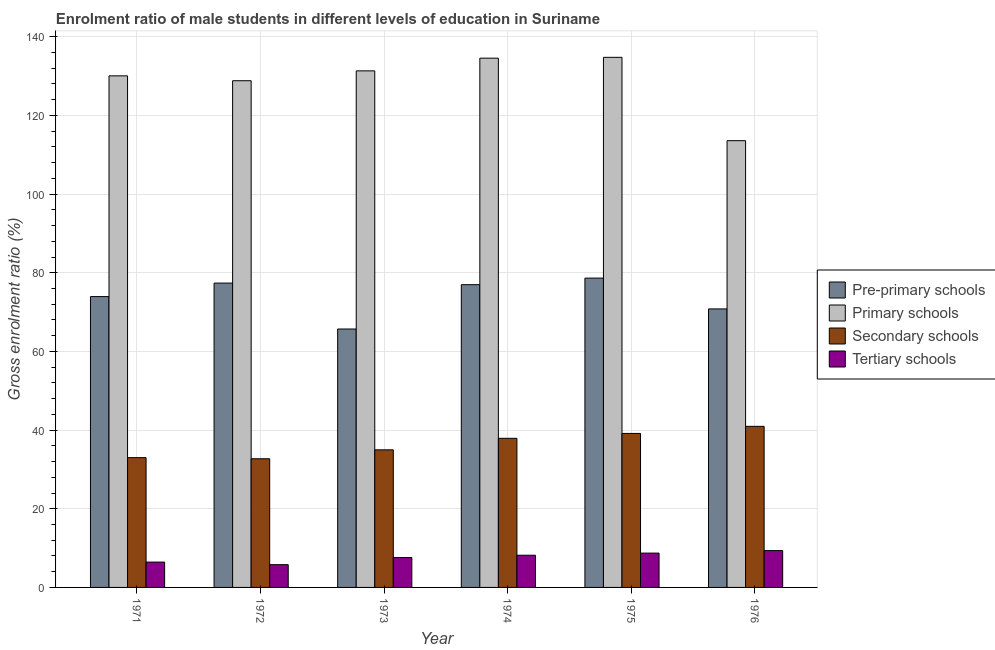
| Year | Pre-primary schools | Primary schools | Secondary schools | Tertiary schools |
 | --- | --- | --- | --- | --- |
 | 1971 | 73.9 | 130 | 33 | 6.44 |
 | 1972 | 77.4 | 129 | 32.7 | 5.79 |
 | 1973 | 65.7 | 131 | 35 | 7.6 |
 | 1974 | 77 | 135 | 37.9 | 8.19 |
 | 1975 | 78.6 | 135 | 39.2 | 8.72 |
 | 1976 | 70.8 | 114 | 41 | 9.37 |